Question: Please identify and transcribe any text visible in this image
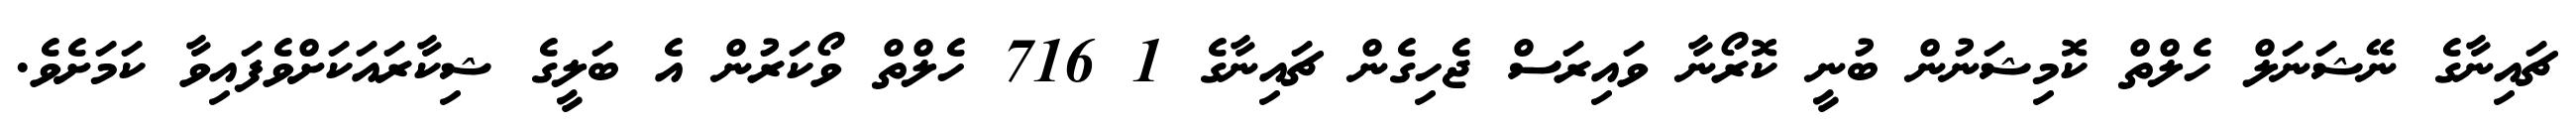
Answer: ޗައިނާގެ ނޭޝަނަލް ހެލްތް ކޮމިޝަނުން ބުނީ ކޮރޯނާ ވައިރަސް ޖެހިގެން ޗައިނާގެ 1 716 ހެލްތް ވޯކަރުން އެ ބަލީގެ ޝިކާރައަކަށްވެފައިވާ ކަމަށެވެ.